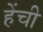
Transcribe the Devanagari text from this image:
हेंची